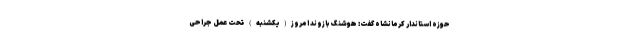
حوزه استاندار کرمانشاه گفت: هوشنگ بازوند امروز(یکشنبه) تحت عمل جراحی